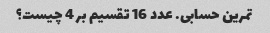
تمرین حسابی. عدد 16 تقسیم بر 4 چیست؟